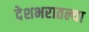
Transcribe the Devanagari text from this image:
देशभरातल्या